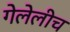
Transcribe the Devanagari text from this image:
गेलेलीच